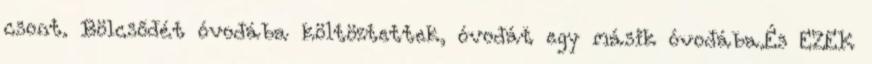
csont. Bölcsődét óvodába költöztettek, óvodát egy másik óvodába.És EZEK